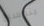
بتوسيع